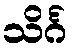
သိင်္ဂ